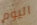
اليوم